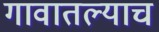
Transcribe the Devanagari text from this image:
गावातल्याच